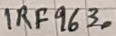
Text: IRF9630